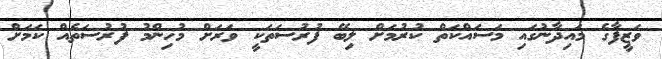
ވަޒީފާގެ މައިދާނުގައި މަސައްކަތް ކުރުމަށް ލިބޭ ފުރުސަތަކީ ވަރަށް މުހިންމު ފުރުސަތެއް ކަމަށް